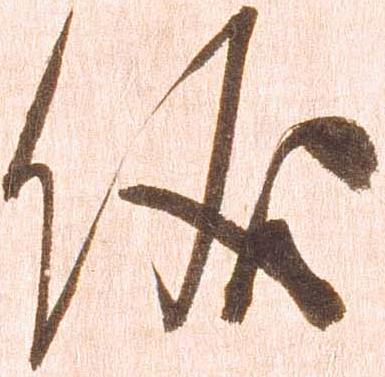
儀